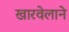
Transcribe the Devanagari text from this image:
खारवेलाने